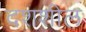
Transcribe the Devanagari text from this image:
दशशील